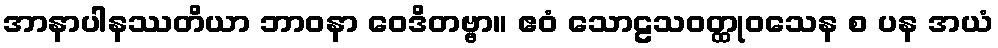
အာနာပါနဿတိယာ ဘာဝနာ ဝေဒိတဗ္ဗာ။ ဧဝံ သောဠသဝတ္ထုဝသေန စ ပန အယံ